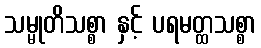
သမ္မုတိသစ္စာ နှင့် ပရမတ္ထသစ္စာ